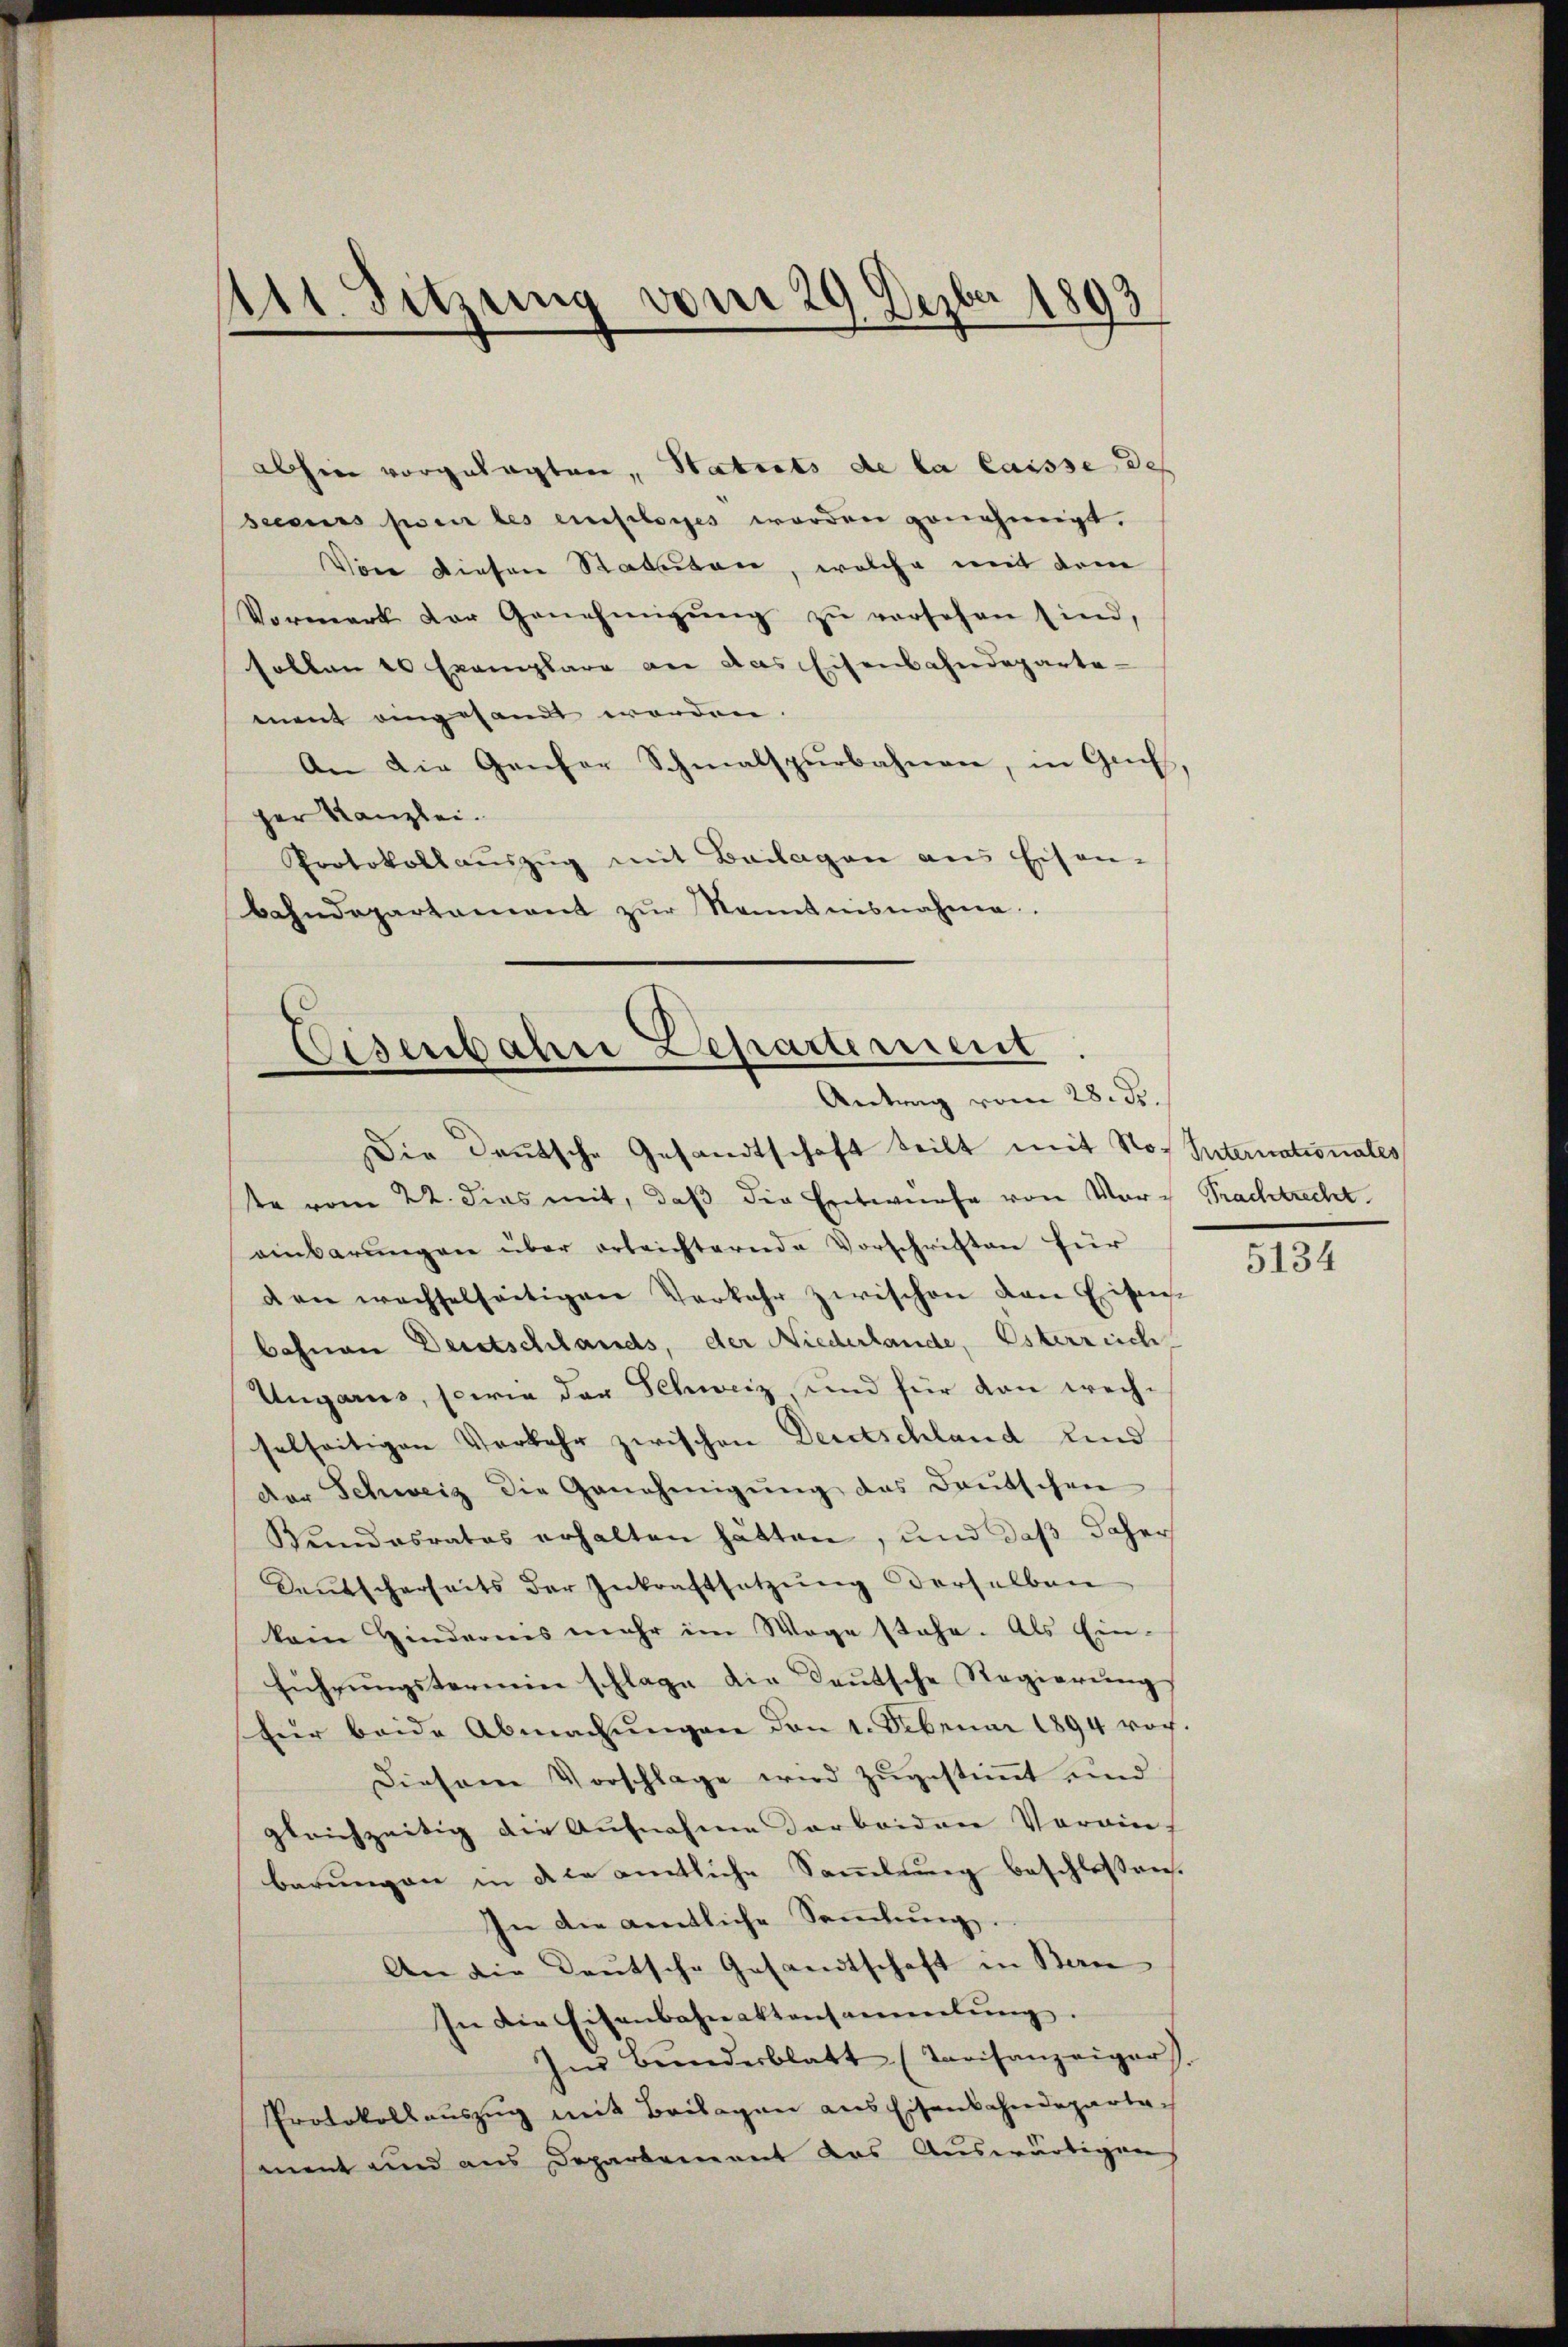
111. Sitzung vom 29. Dep
1893

abhin vorgelegten, Statuts de la laisse des
secours sei des einfelsiges worden genehmigt.
Von diesen Statuten, welche mit dem
Vormerk der Genehmigŭng zŭ versehen sind,
sollen 10 Exemplare an das Eisenbahndeparte-
ment eingesandt worden.
An die Genfer Schmalspurbahnen, in Gach
ger Kanzlei.
Protokollaŭszŭg mit Beilagen aus Eisen-
Bahndepartament zŭr Kenntnisnahme

Eisenbahne Departement
Antrag vom 28. d.

Die Deutsche Gesandtschaft teilt mit No Internationales
e vom 22. dies mit, daß die Entwürfe von Vor- Pachtrecht
einbarŭngen über erleichternde Vorschriften für
den wachselseitigen Verkehr zwischen von Eisenbohnen Deutschlands, der Niederlande, Esterreich
Ungarus, sowie der Schweiz, und für dan wech-
selseitigen Verkehr zwischen Deutschland und
der Schweiz die Genehmigŭng des Deutschen
Kŭndesrates erhalten hätten, und daß daher
Seŭtscherheits der Inkraftsetzŭng derselben
kain Hindernis mehr im Wege stehe. Als Ein-
führŭngsternein schlage die Daŭtsche Regierŭngs
für beide Abmachŭngen den 1. Februar 1894 vor.
Diesem Vorschlage wird zugestimmt und
gleichzeitig die Aufnahme darbeiden Vorrin
barungen in die amtliche Sammlung beschlossen.
In die amtliche Saṁlŭng.
An die Deutsche Gesandtschaft in Bern
In die Eisenbahnaktensammlung.
hen Bŭndesblatt (Tarifanzeiger).
Protokollauszug mit Beilagen aus Eisenbahndeparta
ment und aus Departement das Aŭswärtigens

5134